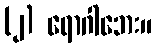
(၂) ရောဂါဘေး။